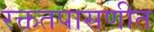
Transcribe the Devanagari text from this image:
रक्ततपासणीत